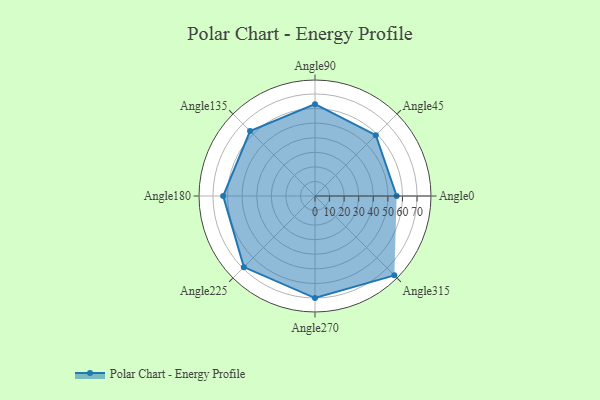
{"axis": {"x": "Angle", "y": "Radius"}, "legend": [""], "data": [{"x": "Angle0", "y": 56.0, "type": ""}, {"x": "Angle45", "y": 59.0, "type": ""}, {"x": "Angle90", "y": 63.0, "type": ""}, {"x": "Angle135", "y": 63.0, "type": ""}, {"x": "Angle180", "y": 63.0, "type": ""}, {"x": "Angle225", "y": 69.0, "type": ""}, {"x": "Angle270", "y": 70.0, "type": ""}, {"x": "Angle315", "y": 77.0, "type": ""}]}